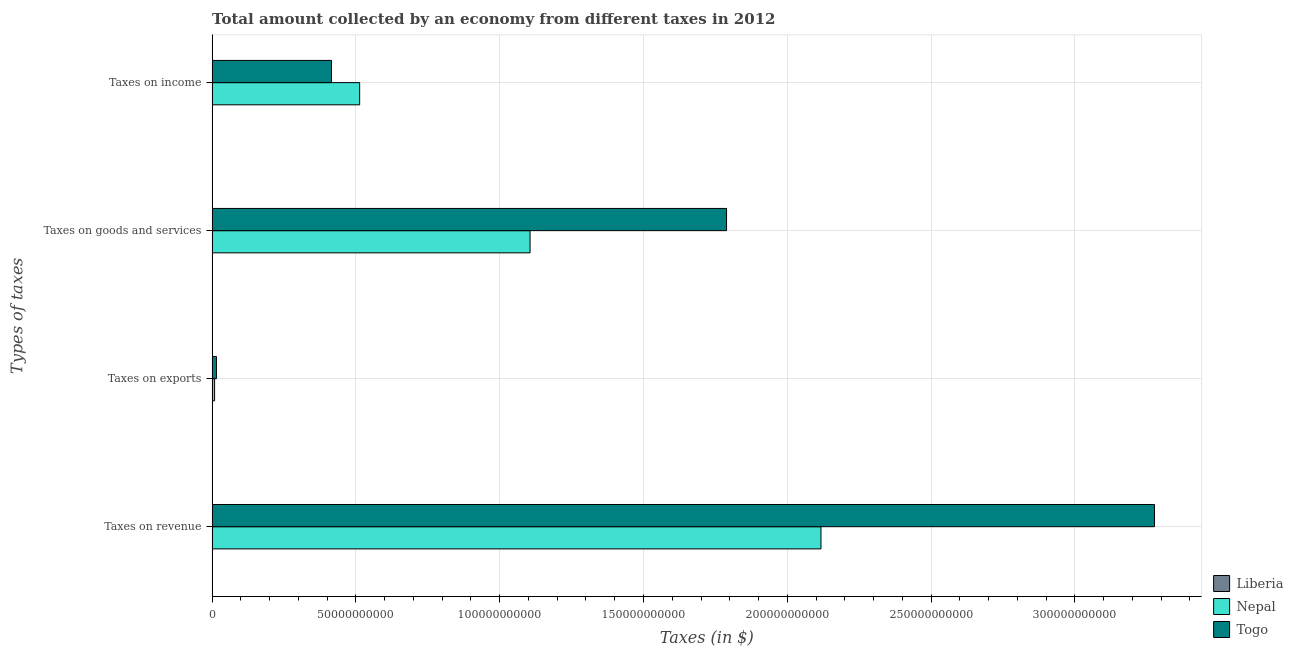
| Types of taxes | Liberia | Nepal | Togo |
 | --- | --- | --- | --- |
 | Taxes on revenue | 4.93e+06 | 2.12e+11 | 3.28e+11 |
 | Taxes on exports | 5.15e+04 | 8.62e+08 | 1.51e+09 |
 | Taxes on goods and services | 8.31e+05 | 1.11e+11 | 1.79e+11 |
 | Taxes on income | 1.73e+06 | 5.13e+10 | 4.15e+10 |